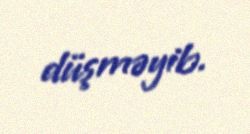
düşməyib.